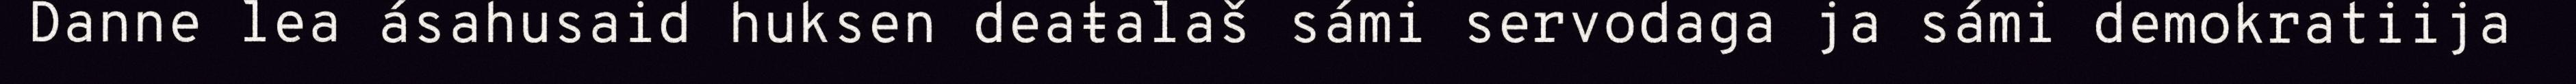
Danne lea ásahusaid huksen deaŧalaš sámi servodaga ja sámi demokratiija